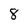
Character: 8